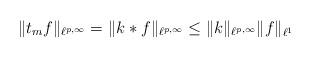
LaTeX: \begin{align*} \Vert t_m f\Vert_{\ell^{p,\infty}}=\Vert k\ast f\Vert_{\ell^{p,\infty}}\leq \Vert k \Vert_{\ell^{p,\infty}}\Vert f\Vert_{\ell^1} \end{align*}